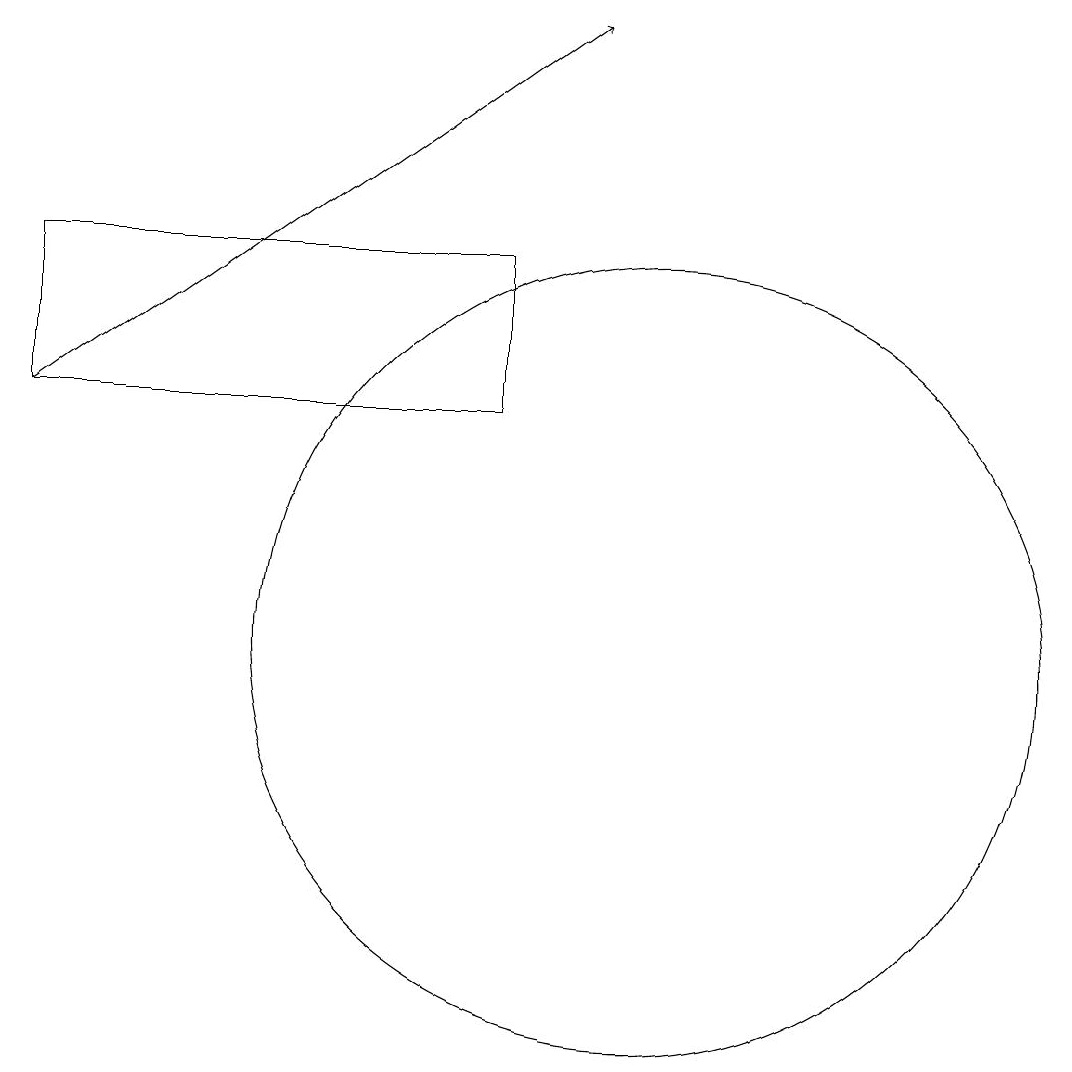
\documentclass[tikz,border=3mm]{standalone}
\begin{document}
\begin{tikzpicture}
\draw (8,14) rectangle (2,16);
\draw (10,11) circle (5);
\draw[->] (2,14) -- (9,19);
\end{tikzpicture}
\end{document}